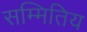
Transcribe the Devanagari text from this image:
सम्मितिय